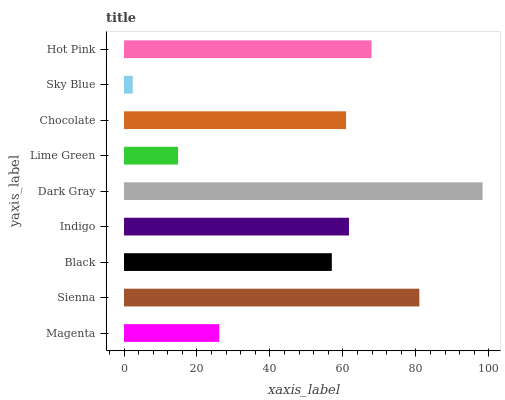
| yaxis_label | bars |
 | --- | --- |
 | Magenta | 26.1 |
 | Sienna | 80.9 |
 | Black | 57 |
 | Indigo | 61.7 |
 | Dark Gray | 98.3 |
 | Lime Green | 14.8 |
 | Chocolate | 60.9 |
 | Sky Blue | 2.39 |
 | Hot Pink | 67.8 |